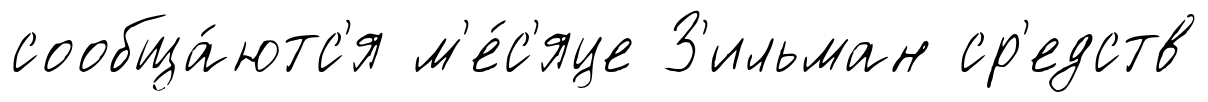
сообща́ютс'я м'е́с'яце З'ильман ср'едств